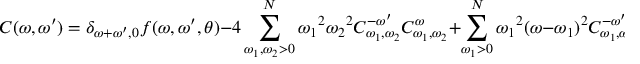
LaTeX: C ( \omega , \omega ^ { \prime } ) = \delta _ { { \omega + \omega ^ { \prime } } , 0 } f ( \omega , \omega ^ { \prime } , \theta ) - 4 \sum _ { \omega _ { 1 } , \omega _ { 2 } > 0 } ^ { N } { \omega _ { 1 } } ^ { 2 } { \omega _ { 2 } } ^ { 2 } C _ { \omega _ { 1 } , \omega _ { 2 } } ^ { - \omega ^ { \prime } } \: C _ { \omega _ { 1 } , \omega _ { 2 } } ^ { \omega } + \sum _ { \omega _ { 1 } > 0 } ^ { N } { \omega _ { 1 } } ^ { 2 } \: ( \omega - \omega _ { 1 } ) ^ { 2 } \: C _ { \omega _ { 1 } , \omega - \omega _ { 1 } } ^ { - \omega ^ { \prime } }